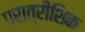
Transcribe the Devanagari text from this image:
परात्रींशिक